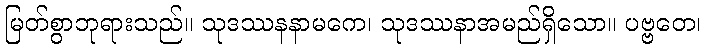
မြတ်စွာဘုရားသည်။ သုဒဿနနာမကေ၊ သုဒဿနာအမည်ရှိသော။ ပဗ္ဗတေ၊